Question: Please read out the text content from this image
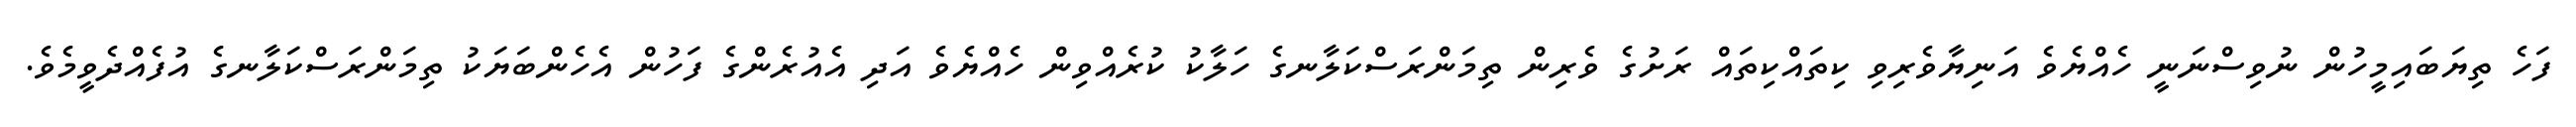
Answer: ފަހެ ތިޔަބައިމީހުން ނުވިސްނަނީ ހެއްޔެވެ އަނިޔާވެރިވި ކިތައްކިތައް ރަށުގެ ވެރިން ތިމަންރަސްކަލާނގެ ހަލާކު ކުރެއްވިން ހެއްޔެވެ އަދި އެއުރެންގެ ފަހުން އެހެންބަޔަކު ތިމަންރަސްކަލާނގެ އުފެއްދެވީމެވެ.